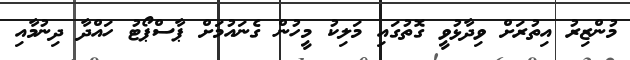
މުންޒިރު އިތުރަށް ވިދާޅުވީ ގޮތުގައި މަލިކު މީހުން ގެނައުމަށް ޕާސްޕޯޓު ހައްދާ ދިނުމާއި